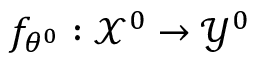
f _ { \theta ^ { 0 } } : \mathcal { X } ^ { 0 } \rightarrow \mathcal { Y } ^ { 0 }